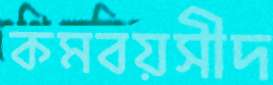
কমবয়সীদ